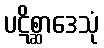
ပဋိစ္ဆာဒေသုံ